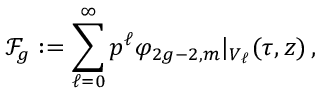
\mathcal { F } _ { g } : = \sum _ { \ell = 0 } ^ { \infty } p ^ { \ell } \varphi _ { 2 g - 2 , m } \vert _ { V _ { \ell } } ( \tau , z ) \, ,